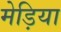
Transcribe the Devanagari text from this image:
मेड़िया